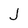
Character: J